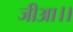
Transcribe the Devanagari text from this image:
जीआ।।